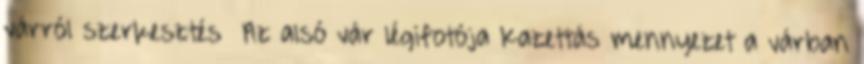
várról szerkesztés Az alsó vár légifotója Kazettás mennyezet a várban